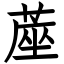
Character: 蓙